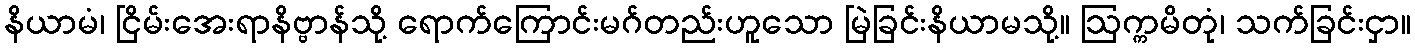
နိယာမံ၊ ငြိမ်းအေးရာနိဗ္ဗာန်သို့ ရောက်ကြောင်းမဂ်တည်းဟူသော မြဲခြင်းနိယာမသို့။ ဩက္ကမိတုံ၊ သက်ခြင်းငှာ။